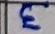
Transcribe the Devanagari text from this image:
३